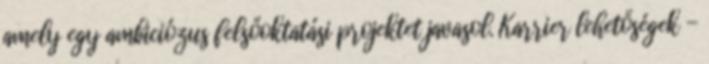
amely egy ambiciózus felsőoktatási projektet javasol. Karrier lehetőségek -